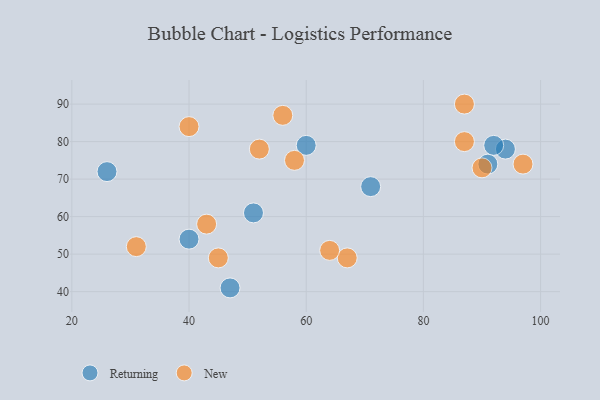
{"axis": {"x": "GDP", "y": "Life Expectancy"}, "legend": ["New", "Returning"], "data": [{"x": "26", "y": 72, "type": "Returning"}, {"x": "60", "y": 79, "type": "Returning"}, {"x": "91", "y": 74, "type": "Returning"}, {"x": "40", "y": 54, "type": "Returning"}, {"x": "71", "y": 68, "type": "Returning"}, {"x": "47", "y": 41, "type": "Returning"}, {"x": "94", "y": 78, "type": "Returning"}, {"x": "92", "y": 79, "type": "Returning"}, {"x": "51", "y": 61, "type": "Returning"}, {"x": "97", "y": 74, "type": "New"}, {"x": "87", "y": 90, "type": "New"}, {"x": "40", "y": 84, "type": "New"}, {"x": "31", "y": 52, "type": "New"}, {"x": "52", "y": 78, "type": "New"}, {"x": "67", "y": 49, "type": "New"}, {"x": "56", "y": 87, "type": "New"}, {"x": "87", "y": 80, "type": "New"}, {"x": "90", "y": 73, "type": "New"}, {"x": "64", "y": 51, "type": "New"}, {"x": "58", "y": 75, "type": "New"}, {"x": "43", "y": 58, "type": "New"}, {"x": "45", "y": 49, "type": "New"}]}